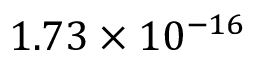
1 . 7 3 \times 1 0 ^ { - 1 6 }